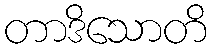
တာဒိသောတိ